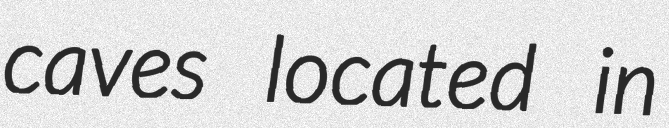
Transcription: caves located in